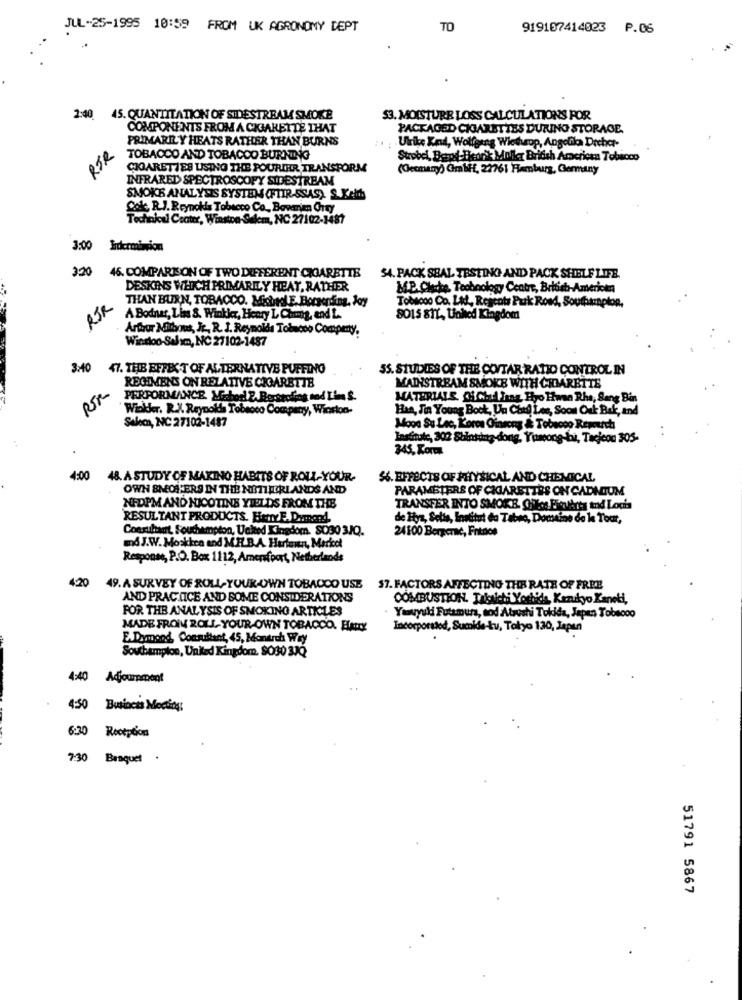
JUL-25-1995 10:59 FROM UK AGRONOMY DEPT
TO
919107414023 P.06
2:40 45. QUANTITATION OF SIDESTREAM SMOKE
53. MOISTURE LOSS CALCULATIONS FOR
COMPONENTS FROM A CIGARETTE THAT
PACKAGED CIGARETTES DURING STORAGE.
PRIMARILY HEATS RATHER THAN BURNS
RER
Urine Knud, Wolfgang Wietheop, Angelika Drchar-
TOBACCO AND TOBACOO BURNING
Strobel, Borpd-Hear'k Moller British American Tobacco
CIGARETTES USING THE POURIHR TRANSPORM
(Germany)) GmbFf, 22761 Hamburg, Germany
INFRARED SPECTROSCOPY SIDESTREAM
SMOKE ANALYSIS SYSTEM (FIIR-SSAS). S.Keith
Colc. R.J. Reynolds Tobacco Co ., Bavamm Crty
Technical Center, Winston-Salem, NC 27102-1487
3:00 Intermission
3.20
46. COMPARISON OF TWO DIFFERENT CIGARETTE
54. PACK SBAL TESTING AND PACK SHELF LIFE.
DESKINS WHICH PRIMARILY HEAT, RATHER
MP. Clthe Technology Centre, British-Americka
THAN BURN, TOBACCO. Michael.E. Boraerding, Joy
Tobacoo Co. Let, Regents Puk Road, Southampton,
RJR
A Bodnar, Liss &. Winkker, Heary L Chung, end L ..
SOLS &TY, Unhed Kingdom
Arthur Mirbout, Jr ., R. J. Reynolds Tobacco Compeny.
Winsloo-Salım, NC 27102-1487
3:40
47. THE EFFECT OF ALTERNATIVE PUFFING
SS. STUDIES OF THE CONTAR RATIO CONTROL IN
REGIMENS ON RELATIVE CIGARETTE
RTR
MAINSTREAM SMOKE WITH CIGARETTE
PERFORMANCE. MborlZ. Beckroding nod Lies S.
MATERIALS, Of Chil Imaz Hyo Hwna Rhe, Sang Bin
Wikker. R.J. Reynolds Tobacco Company, Wiorion-
Han, Si Young Bock, Un Ched Les, Soon Ouk Bak, and
Salem, NC 27102-1487
Moon Su Lec, Lorca Ginseng & Tobacco Repourch
Institute, 302 Shinsung-dong, Yumgong-but, Tacjeon 305-
345, Kor
4:00
48. A STUDY OF MAKING HABITS OF ROLL-YOUR-
56. EFFECTS OF PHYSICAL AND CHEMICAL
OWN SMOL ERS IN THE NETHERLANDS AND
PARAMETERS OF CIGARETTES ON CADMIUM
NEDPM AND NICOTINE YIELDS FROM THE
TRANSFER INTO SMOKE QUEos Fiatit's tod Loch
RESULTANT PRODUCTS. HanY E. Dumont
de Hyz, Selis, Institut da Tabee, Domaine de le Tout,
Consultant, Souchampion, United Kingdom. S030 3JQ.
24100 Bergerac, Frenos
and J.W. Moskken and M.E.B.A. Hurtown, Market
Response, P.O. Box 1112, Amersfoort, Netherlands
420
49. A SURVEY OF ROLL-YOUR-OWN TOBACCO USE $7. FACTORS AFFECTING THE RATE OF FREE
AND PRACTICE AND SOME CONSIDERATIONS
COMBUSTION. Taksich Morbida, Kanıkyo Kancki,
FOR THE ANALYSIS OF SMOKING ARTICLES
Youyuli Futamura, sod Atsushi Tokida, Japan Tobacco
MADE FROM ROLL-YOUR-OWN TOBACCO. HAY
Incorporated, Sucide-ku, Tokyo 130, Japan
E.Dymond, Consultant, 45, Monarch Wry
Southampton, United Kingdom. $030 33Q
4:40 Adjournment
4:50 Business Meeting:
6:30 Reception
7:30 Braques
51791 5867